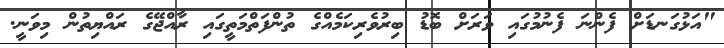
"އަޅުގަނޑަށް ފެންނަ ފެނުމުގައި ވަރަށް ބޮޑު ބިރުވެރިކަމެއްގެ ތުންފަތްމަތީގައި ރާއްޖޭގެ ރައްޔިތުން މިވަނީ.